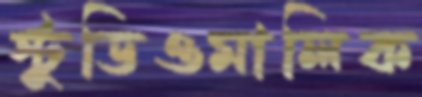
স্টুডিওমালিক